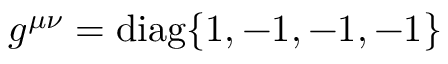
g ^ { \mu \nu } = \mathrm { { { d i a g } \{ 1 , - 1 , - 1 , - 1 \} } }